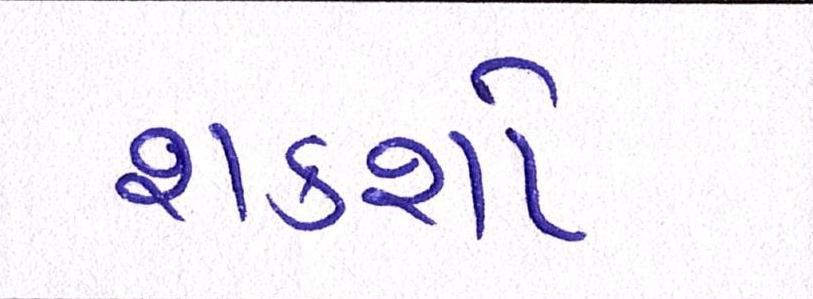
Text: શકશો